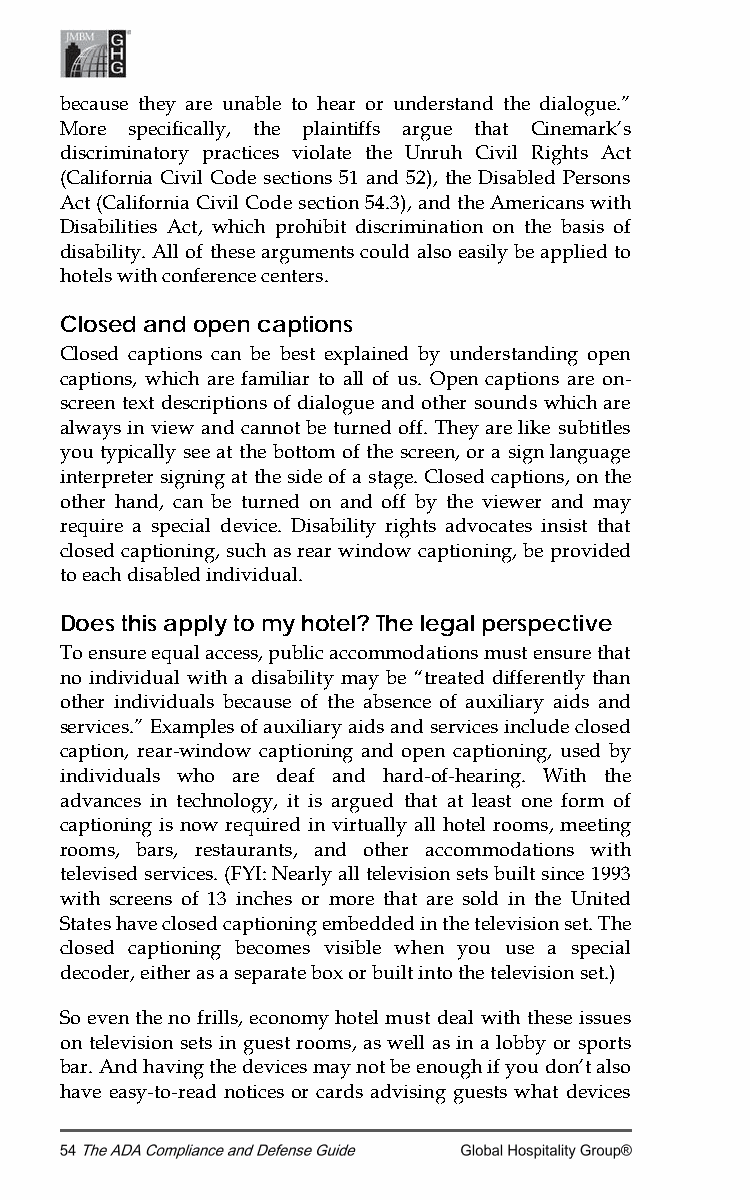
because they are unable to hear or understand the dialogue.”
 More specifically, the plaintiffs argue that Cinemark’s
 discriminatory practices violate the Unruh Civil Rights Act
 (California Civil Code sections 51 and 52), the Disabled Persons
 Act (California Civil Code section 54.3), and the Americans with
 Disabilities Act, which prohibit discrimination on the basis of
 disability. All of these arguments could also easily be applied to
 hotels with conference centers.
 Closed and open captions
 Closed captions can be best explained by understanding open
 captions, which are familiar to all of us. Open captions are on-
 screen text descriptions of dialogue and other sounds which are
 always in view and cannot be turned off. They are like subtitles
 you typically see at the bottom of the screen, or a sign language
 interpreter signing at the side of a stage. Closed captions, on the
 other hand, can be turned on and off by the viewer and may
 require a special device. Disability rights advocates insist that
 closed captioning, such as rear window captioning, be provided
 to each disabled individual.
 Does this apply to my hotel? The legal perspective
 To ensure equal access, public accommodations must ensure that
 no individual with a disability may be “treated differently than
 other individuals because of the absence of auxiliary aids and
 services.” Examples of auxiliary aids and services include closed
 caption, rear-window captioning and open captioning, used by
 individuals who are deaf and hard-of-hearing. With the
 advances in technology, it is argued that at least one form of
 captioning is now required in virtually all hotel rooms, meeting
 rooms, bars, restaurants, and other accommodations with
 televised services. (FYI: Nearly all television sets built since 1993
 with screens of 13 inches or more that are sold in the United
 States have closed captioning embedded in the television set. The
 closed captioning becomes visible when you use a special
 decoder, either as a separate box or built into the television set.)
 So even the no frills, economy hotel must deal with these issues
 on television sets in guest rooms, as well as in a lobby or sports
 bar. And having the devices may not be enough if you don’t also
 have easy-to-read notices or cards advising guests what devices